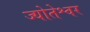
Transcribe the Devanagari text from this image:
ज्योतेश्वर